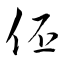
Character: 伾